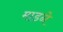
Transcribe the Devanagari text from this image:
माडने